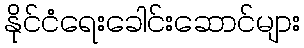
နိုင်ငံရေးခေါင်းဆောင်များ